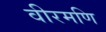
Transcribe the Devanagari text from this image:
वीरमणि